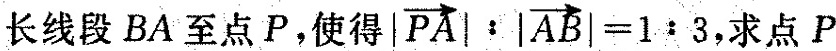
长线段BA至点P，使得| $$\overrightarrow { P A } | : | \overrightarrow{ A B } | = 1 : 3$$ 求点P